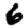
Digit: 6